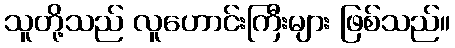
သူတို့သည် လူဟောင်းကြီးများ ဖြစ်သည်။